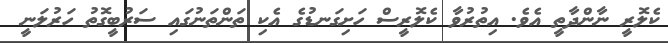
ކެލޮރީ ނާންދާތީ އެވެ. އިތުރުވާ ކެލޮރީސް ހަށިގަނޑުގެ އެކި ތަންތަނުގައި ސަރުބީގޮތު ހަރުލަނީ